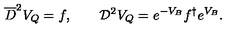
\overline { D } ^ { 2 } V _ { Q } = f , \qquad { \cal D } ^ { 2 } V _ { Q } = e ^ { - V _ { B } } f ^ { \dagger } e ^ { V _ { B } } .